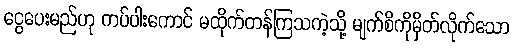
ငွေပေးမည်ဟု ကပ်ပါးကောင် မထိုက်တန်ကြသကဲ့သို့ မျက်စိကိုမှိတ်လိုက်သော